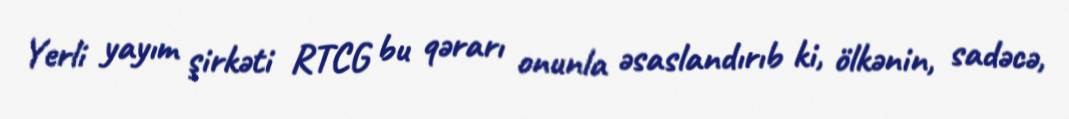
Yerli yayım şirkəti RTCG bu qərarı onunla əsaslandırıb ki, ölkənin, sadəcə,